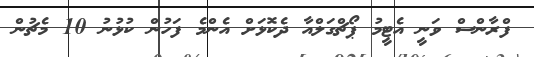
ފްރާންސް ވަނީ އެޓީމު ޕޯޗްގަލްއާ ދެކޮޅަށް އެންމެ ފަހުން ކުޅުނު 10 މެޗުން